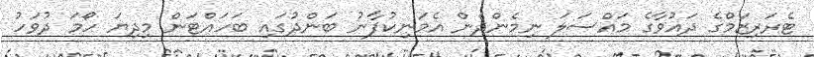
ޓެރަރިޒަމްގެ ދައުވާގެ މައްސަލަ ނިމެންދެން އެމަނިކުފާނު ބަންދުގައި ބަހައްޓަން މިދިޔަ ހޯމަ ދުވަހު